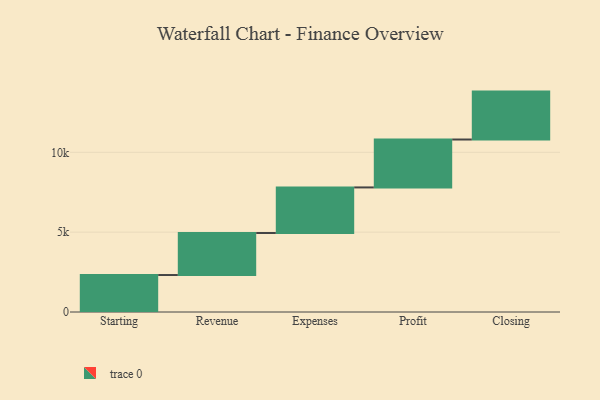
{"axis": {"x": "Step", "y": "Value"}, "legend": [""], "data": [{"x": "Starting", "y": 2315.0, "type": ""}, {"x": "Revenue", "y": 2631.0, "type": ""}, {"x": "Expenses", "y": 2855.0, "type": ""}, {"x": "Profit", "y": 3000, "type": ""}, {"x": "Closing", "y": 3000, "type": ""}]}